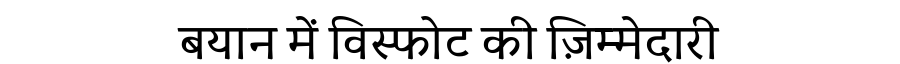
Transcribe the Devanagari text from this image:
बयान में विस्फोट की ज़िम्मेदारी